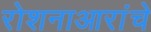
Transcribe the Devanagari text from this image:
रोशनाआरांचे